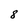
Character: 8